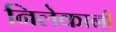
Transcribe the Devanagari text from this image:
निलेकानी